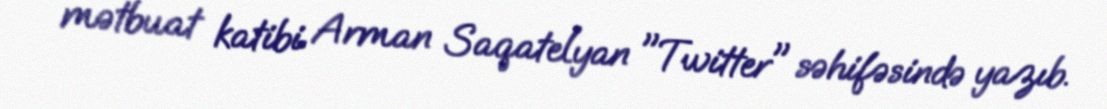
mətbuat katibi Arman Saqatelyan "Twitter" səhifəsində yazıb.